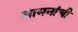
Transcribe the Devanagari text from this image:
सामनांची